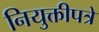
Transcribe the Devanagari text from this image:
नियुक्तीपत्रे